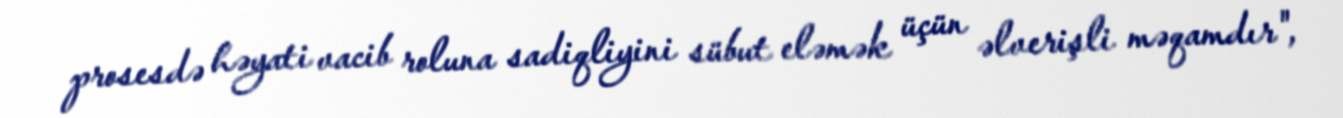
prosesdə həyati vacib roluna sadiqliyini sübut eləmək üçün əlverişli məqamdır",